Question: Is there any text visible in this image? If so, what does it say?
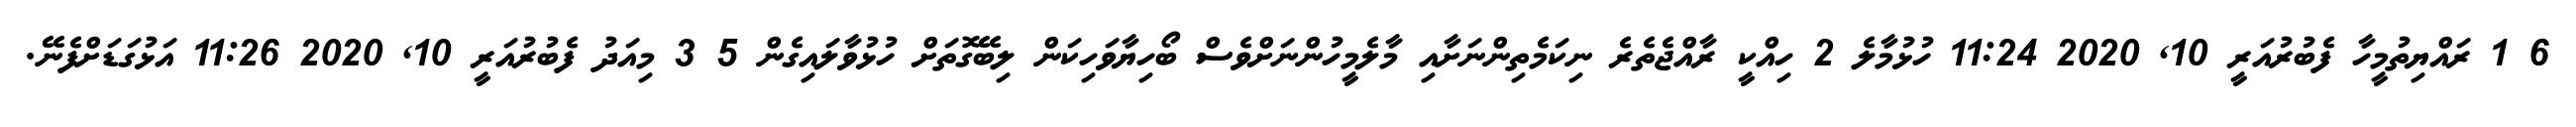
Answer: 6 1 ރައްޔިތުމީހާ ފެބުރުއަރީ 10, 2020 11:24 ހުޅުމާލެ 2 ހިއްކީ ރާއްޖެތެރެ ނިކަމެތިންނަށާއި މާލެމީހުންނަށްވެސް ބޯހިޔާވަހިކަން ލިބޭގޮތަށް ހުޅުވާލައިގެން 5 3 މިއަދު ފެބުރުއަރީ 10, 2020 11:26 އަޅުގަޑަށްފެނޭ.